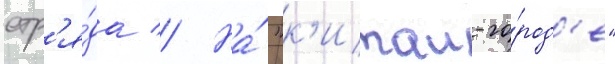
отр'я́да // На́ "к'итаи-го́род'е"